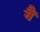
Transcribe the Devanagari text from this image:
यैं